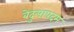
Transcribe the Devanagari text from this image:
बेदुलापदम